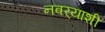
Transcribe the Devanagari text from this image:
नवर्‍याशी